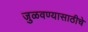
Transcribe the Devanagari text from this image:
जुळवण्यासाठीचे